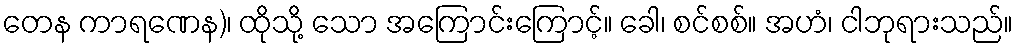
တေန ကာရဏေန)၊ ထိုသို့ သော အကြောင်းကြောင့်။ ခေါ၊ စင်စစ်။ အဟံ၊ ငါဘုရားသည်။